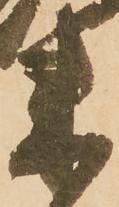
来